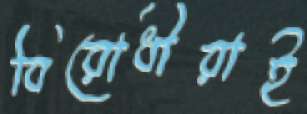
বিরোধীরাই